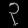
Digit: ၃